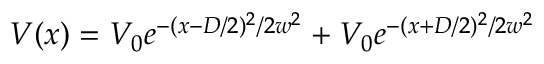
V ( x ) = V _ { 0 } e ^ { - ( x - D / 2 ) ^ { 2 } / 2 w ^ { 2 } } + V _ { 0 } e ^ { - ( x + D / 2 ) ^ { 2 } / 2 w ^ { 2 } }